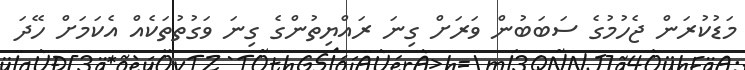
މަޑުކުރަން ޖެހުމުގެ ސަބަބުން ވަރަށް ގިނަ ރައްޔިތުންގެ ގިނަ ވަގުތުތަކެއް އެކަމަށް ހޭދަ